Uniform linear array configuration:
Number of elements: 24
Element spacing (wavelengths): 0.5
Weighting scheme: uniform
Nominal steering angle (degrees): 45
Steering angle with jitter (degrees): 45.182
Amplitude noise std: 0.05
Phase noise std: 0.05

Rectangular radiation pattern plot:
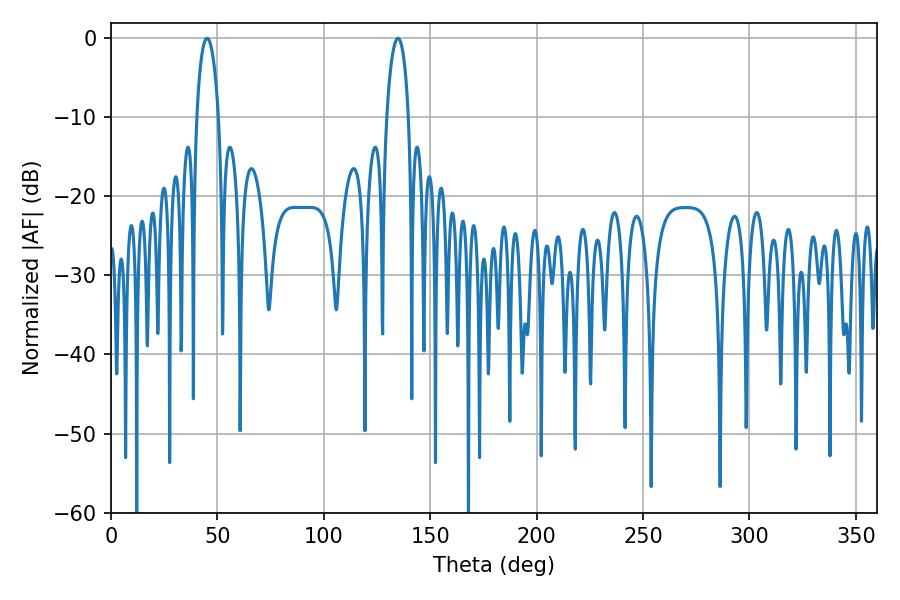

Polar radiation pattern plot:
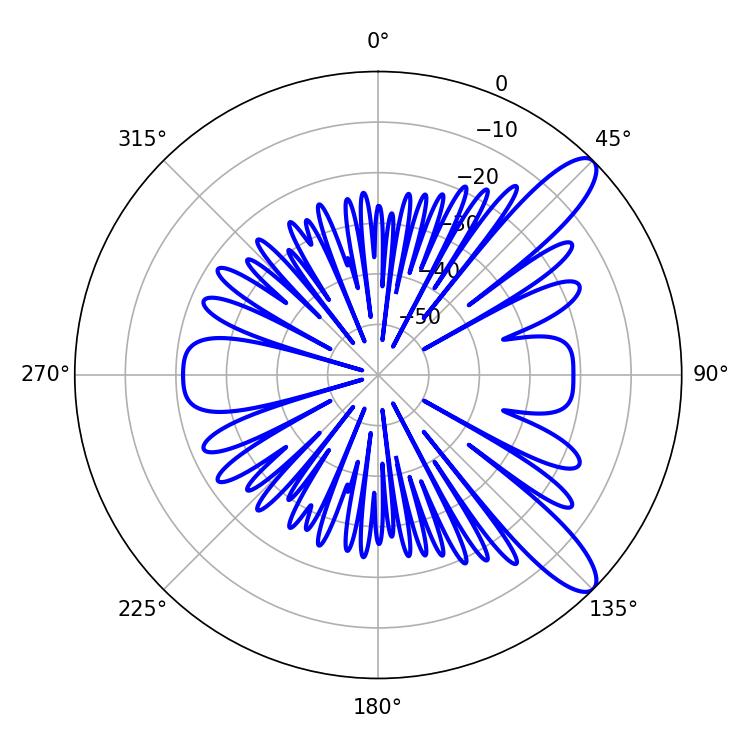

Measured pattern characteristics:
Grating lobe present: FALSE
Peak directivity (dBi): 10.878
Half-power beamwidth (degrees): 5.94
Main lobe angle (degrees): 45.18